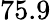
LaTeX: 75.9